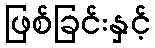
ဖြစ်ခြင်းနှင့်